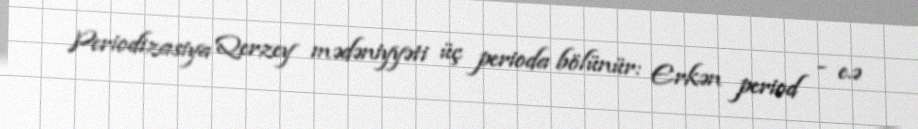
Periodizasiya Qerzey mədəniyyəti üç perioda bölünür: Erkən period - e.ə